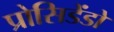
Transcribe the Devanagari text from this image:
प्रोसिडेंडो